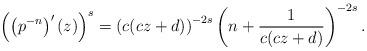
LaTeX: \begin{align*} \left( \left(p^{-n}\right)'(z) \right)^s = \left( c (cz+d) \right)^{-2s} \left( n + \frac{1}{ c (cz+d) }\right)^{-2s}.\end{align*}